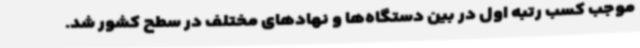
موجب کسب رتبه اول در بین دستگاه‌ها و نهادهای مختلف در سطح کشور شد.